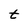
Character: t